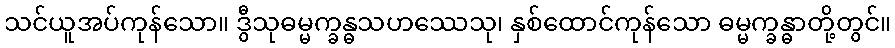
သင်ယူအပ်ကုန်သော။ ဒွီသုဓမ္မက္ခန္ဓသဟဿေသု၊ နှစ်ထောင်ကုန်သော ဓမ္မက္ခန္ဓာတို့တွင်။